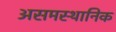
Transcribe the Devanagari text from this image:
असमस्थानिक